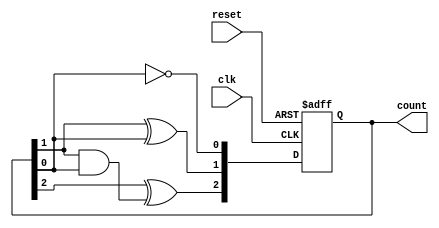
module ripple_counter (
    input wire clk,       // Clock input
    input wire reset,     // Asynchronous reset
    output reg [2:0] count // 3-bit output count
);

// Always block for the counter operation
always @(posedge clk or posedge reset) begin
    if (reset) begin
        count <= 3'b000; // Reset the count to 0
    end else begin
        count[0] <= ~count[0]; // Toggle the least significant bit
        count[1] <= count[1] ^ count[0]; // Toggle the second bit if LSB is 1
        count[2] <= count[2] ^ (count[1] & count[0]); // Toggle the third bit if second bit and LSB are 1
    end
end

endmodule